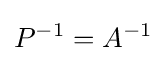
P^{-1}=A^{-1}